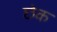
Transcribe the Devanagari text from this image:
छेक